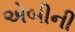
એબીની